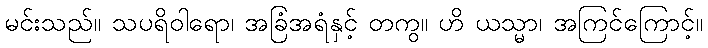
မင်းသည်။ သပရိဝါရော၊ အခြံအရံနှင့် တကွ။ ဟိ ယသ္မာ၊ အကြင်ကြောင့်။